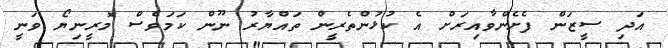
އަދި ސީޒަން ފެށެންވާއިރަށް އެ ކުޅުންތެރީން ތައްޔާރު ނޫން ކަމަވެސް މޮރީނިޔޯ ވަނީ